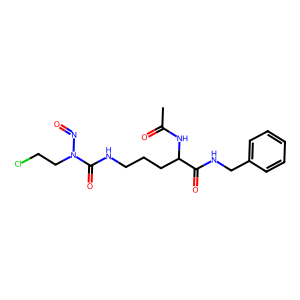
SMILES: CC(=O)NC(CCCNC(=O)N(CCCl)N=O)C(=O)NCc1ccccc1
Inhibits HIV replication: No